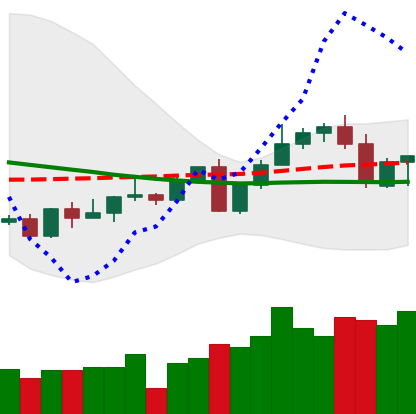
Ticker: LINK-USD
Chart end date: 2022-09-15
Forward return: -8.727%
Label: down_7plus